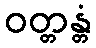
ဝတ္တန္တံ